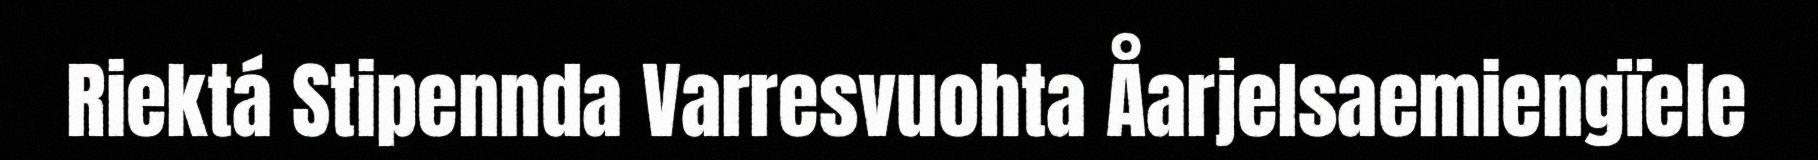
Riektá Stipennda Varresvuohta Åarjelsaemiengïele